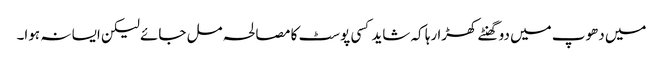
میں دھوپ میں دو گھنٹے کھڑا رہا کہ شاید کسی پوسٹ کا مصالحہ مل جائے لیکن ایسا نہ ہوا۔